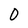
Character: 0